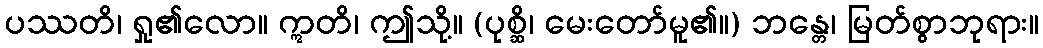
ပဿတိ၊ ရှု၏လော။ ဣတိ၊ ဤသို့။ (ပုစ္ဆိ၊ မေးတော်မူ၏။) ဘန္တေ၊ မြတ်စွာဘုရား။